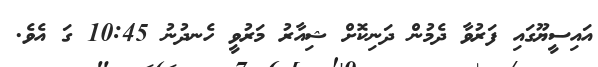
އައިސީޔޫގައި ފަރުވާ ދެމުން ދަނިކޮށް ޝިއާރު މަރުވީ ހެނދުނު 10:45 ގަ އެވެ.